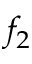
f _ { 2 }